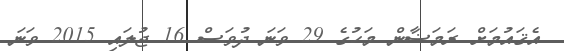
އެޤައުމަށް ރަމަޟާން މަހުގެ 29 ވަނަ ދުވަސް 16 ޖުލައި 2015 ވަނަ